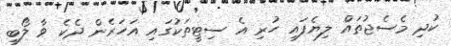
ކުދި މެސެޖުތައް ލިޔެފައި ހުރި އެ ސިޓީތަކުގައި އަހަރެން ދެކެ ވާ ލޯބި